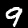
Digit: 9